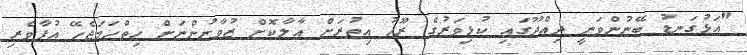
"އަޅުގަނޑު ބޭނުންވަނީ ދިއްދޫގައި ކުޅިވަރުގެ ރޫހު އިތުރަށް އާލާކޮށް ޒުވާނުންނަށް ހިތްހަމަޖެހޭ އުފާވެރި